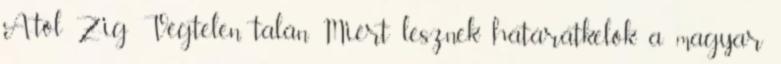
A-tól Z-ig Végtelen. talán Miért lesznek határátkelők a magyar